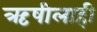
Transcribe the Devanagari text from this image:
ऋषीलाही